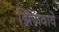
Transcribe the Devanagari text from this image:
झिजवावे